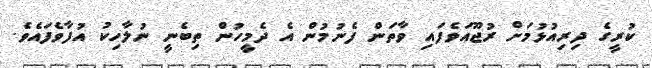
ކުރީގެ ދިރިއުޅުމަށް ރުޖޫއަވެފައި ވާތަން ފެނުމުން އެ ދެމީހުން ތިބެނީ ނުލާހިކު އުފާވެފައެވެ.